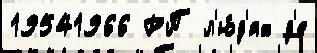
19541966 РП л'ю́д'ях д'е